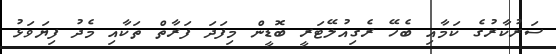
ސަރުކާރުގެ ކަމާއި ބެހޭ ރެގިއުލޭޓަރީ ބޮޑީން މިފަދަ ފަރާތް ތަކާއި މެދު ފިޔަވަޅު